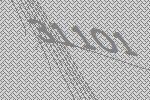
31101